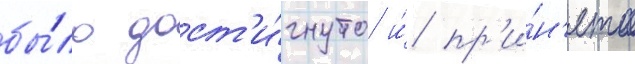
бы́ло дост'и́гнуто и́ пр'и́н'ято